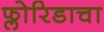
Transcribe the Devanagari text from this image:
फ्लोरिडाचा